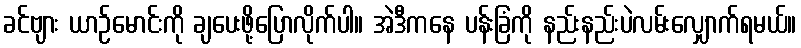
ခင်ဗျား ယာဉ်မောင်းကို ချပေးဖို့ပြောလိုက်ပါ။ အဲဒီကနေ ပန်းခြံကို နည်းနည်းပဲလမ်းလျှောက်ရမယ်။